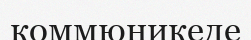
коммюникеде